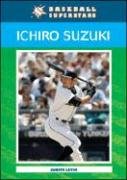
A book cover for Ichiro Suzuki (Baseball Superstars); Judith Levin; Teen & Young Adult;